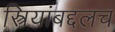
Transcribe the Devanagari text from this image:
स्त्रियांबद्दलच